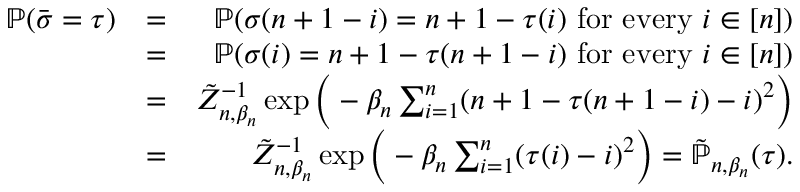
\begin{array} { r l r } { \mathbb { P } ( \bar { \sigma } = \tau ) } & { = } & { \mathbb { P } ( \sigma ( n + 1 - i ) = n + 1 - \tau ( i ) \mathrm { ~ f o r ~ e v e r y ~ } i \in [ n ] ) } \\ & { = } & { \mathbb { P } ( \sigma ( i ) = n + 1 - \tau ( n + 1 - i ) \mathrm { ~ f o r ~ e v e r y ~ } i \in [ n ] ) } \\ & { = } & { \tilde { Z } _ { n , \beta _ { n } } ^ { - 1 } \exp \Big ( - \beta _ { n } \sum _ { i = 1 } ^ { n } ( n + 1 - \tau ( n + 1 - i ) - i ) ^ { 2 } \Big ) } \\ & { = } & { \tilde { Z } _ { n , \beta _ { n } } ^ { - 1 } \exp \Big ( - \beta _ { n } \sum _ { i = 1 } ^ { n } ( \tau ( i ) - i ) ^ { 2 } \Big ) = \tilde { \mathbb { P } } _ { n , \beta _ { n } } ( \tau ) . } \end{array}